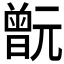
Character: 𣍎